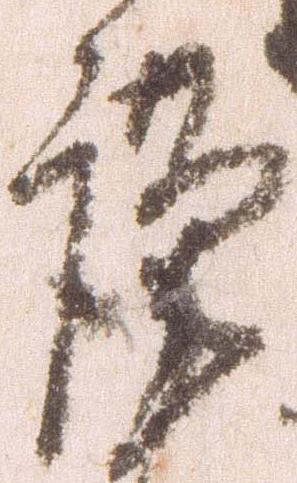
謹